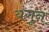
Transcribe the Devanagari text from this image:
यंगून